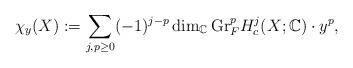
LaTeX: \begin{align*}\chi_y(X) := \sum_{j, p \ge 0} (-1)^{j-p}\dim_{\mathbb{C}}\mathrm{Gr}_F^p H_c^j(X; \mathbb{C}) \cdot y^p,\end{align*}